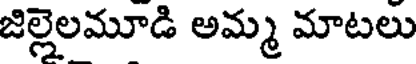
జిల్లైలమూడి అమ్మ మాటలు